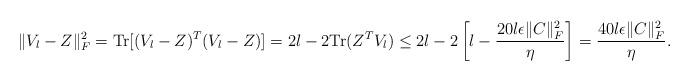
LaTeX: \begin{align*}\|V_l - Z\|_F^2= {\rm Tr} [(V_l - Z)^{T}(V_l - Z)] = 2l - 2 {\rm Tr}(Z^{T}V_l)\leq 2l - 2\left[l - \frac{20l \epsilon \|C\|_F^2}{\eta}\right] = \frac{40l \epsilon \|C\|_F^2}{\eta}.\end{align*}